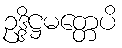
ဥဒ္ဒိဋ္ဌမတ္တေပိ